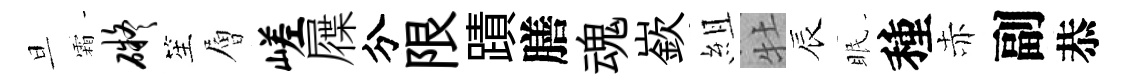
旦霜碍笙層嵯屧分限蹟膳魂嶔組牡辰眠種赤副恭